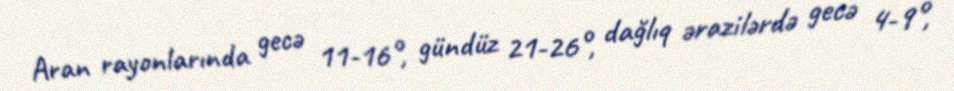
Aran rayonlarında gecə 11-16°, gündüz 21-26°, dağlıq ərazilərdə gecə 4-9°,